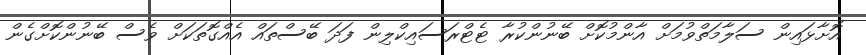
އޮށާޅައިން ސަލާމަތްވުމަށް އާންމުކޮށް ބޭނުންކުރާ ޓެޓްރަސައިކްލިން ފަދަ ބޭސްތައް އެއްގޮތަކަށް ވެސް ބޭނުންކޮށްގެން